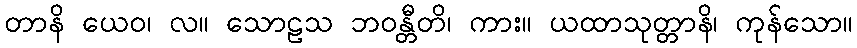
တာနိ ယေဝ၊ လ။ သောဠသ ဘဝန္တီတိ၊ ကား။ ယထာသုတ္တာနိ၊ ကုန်သော။